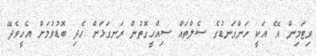
ވިޓަމިން އޭ އަކީ ހަންގަނޑުގެ ސެލްތައް ސިއްހީގޮތުން ރަނގަޅަށް ހެދި ބޮޑުވުމަށް އެހީވެދޭ